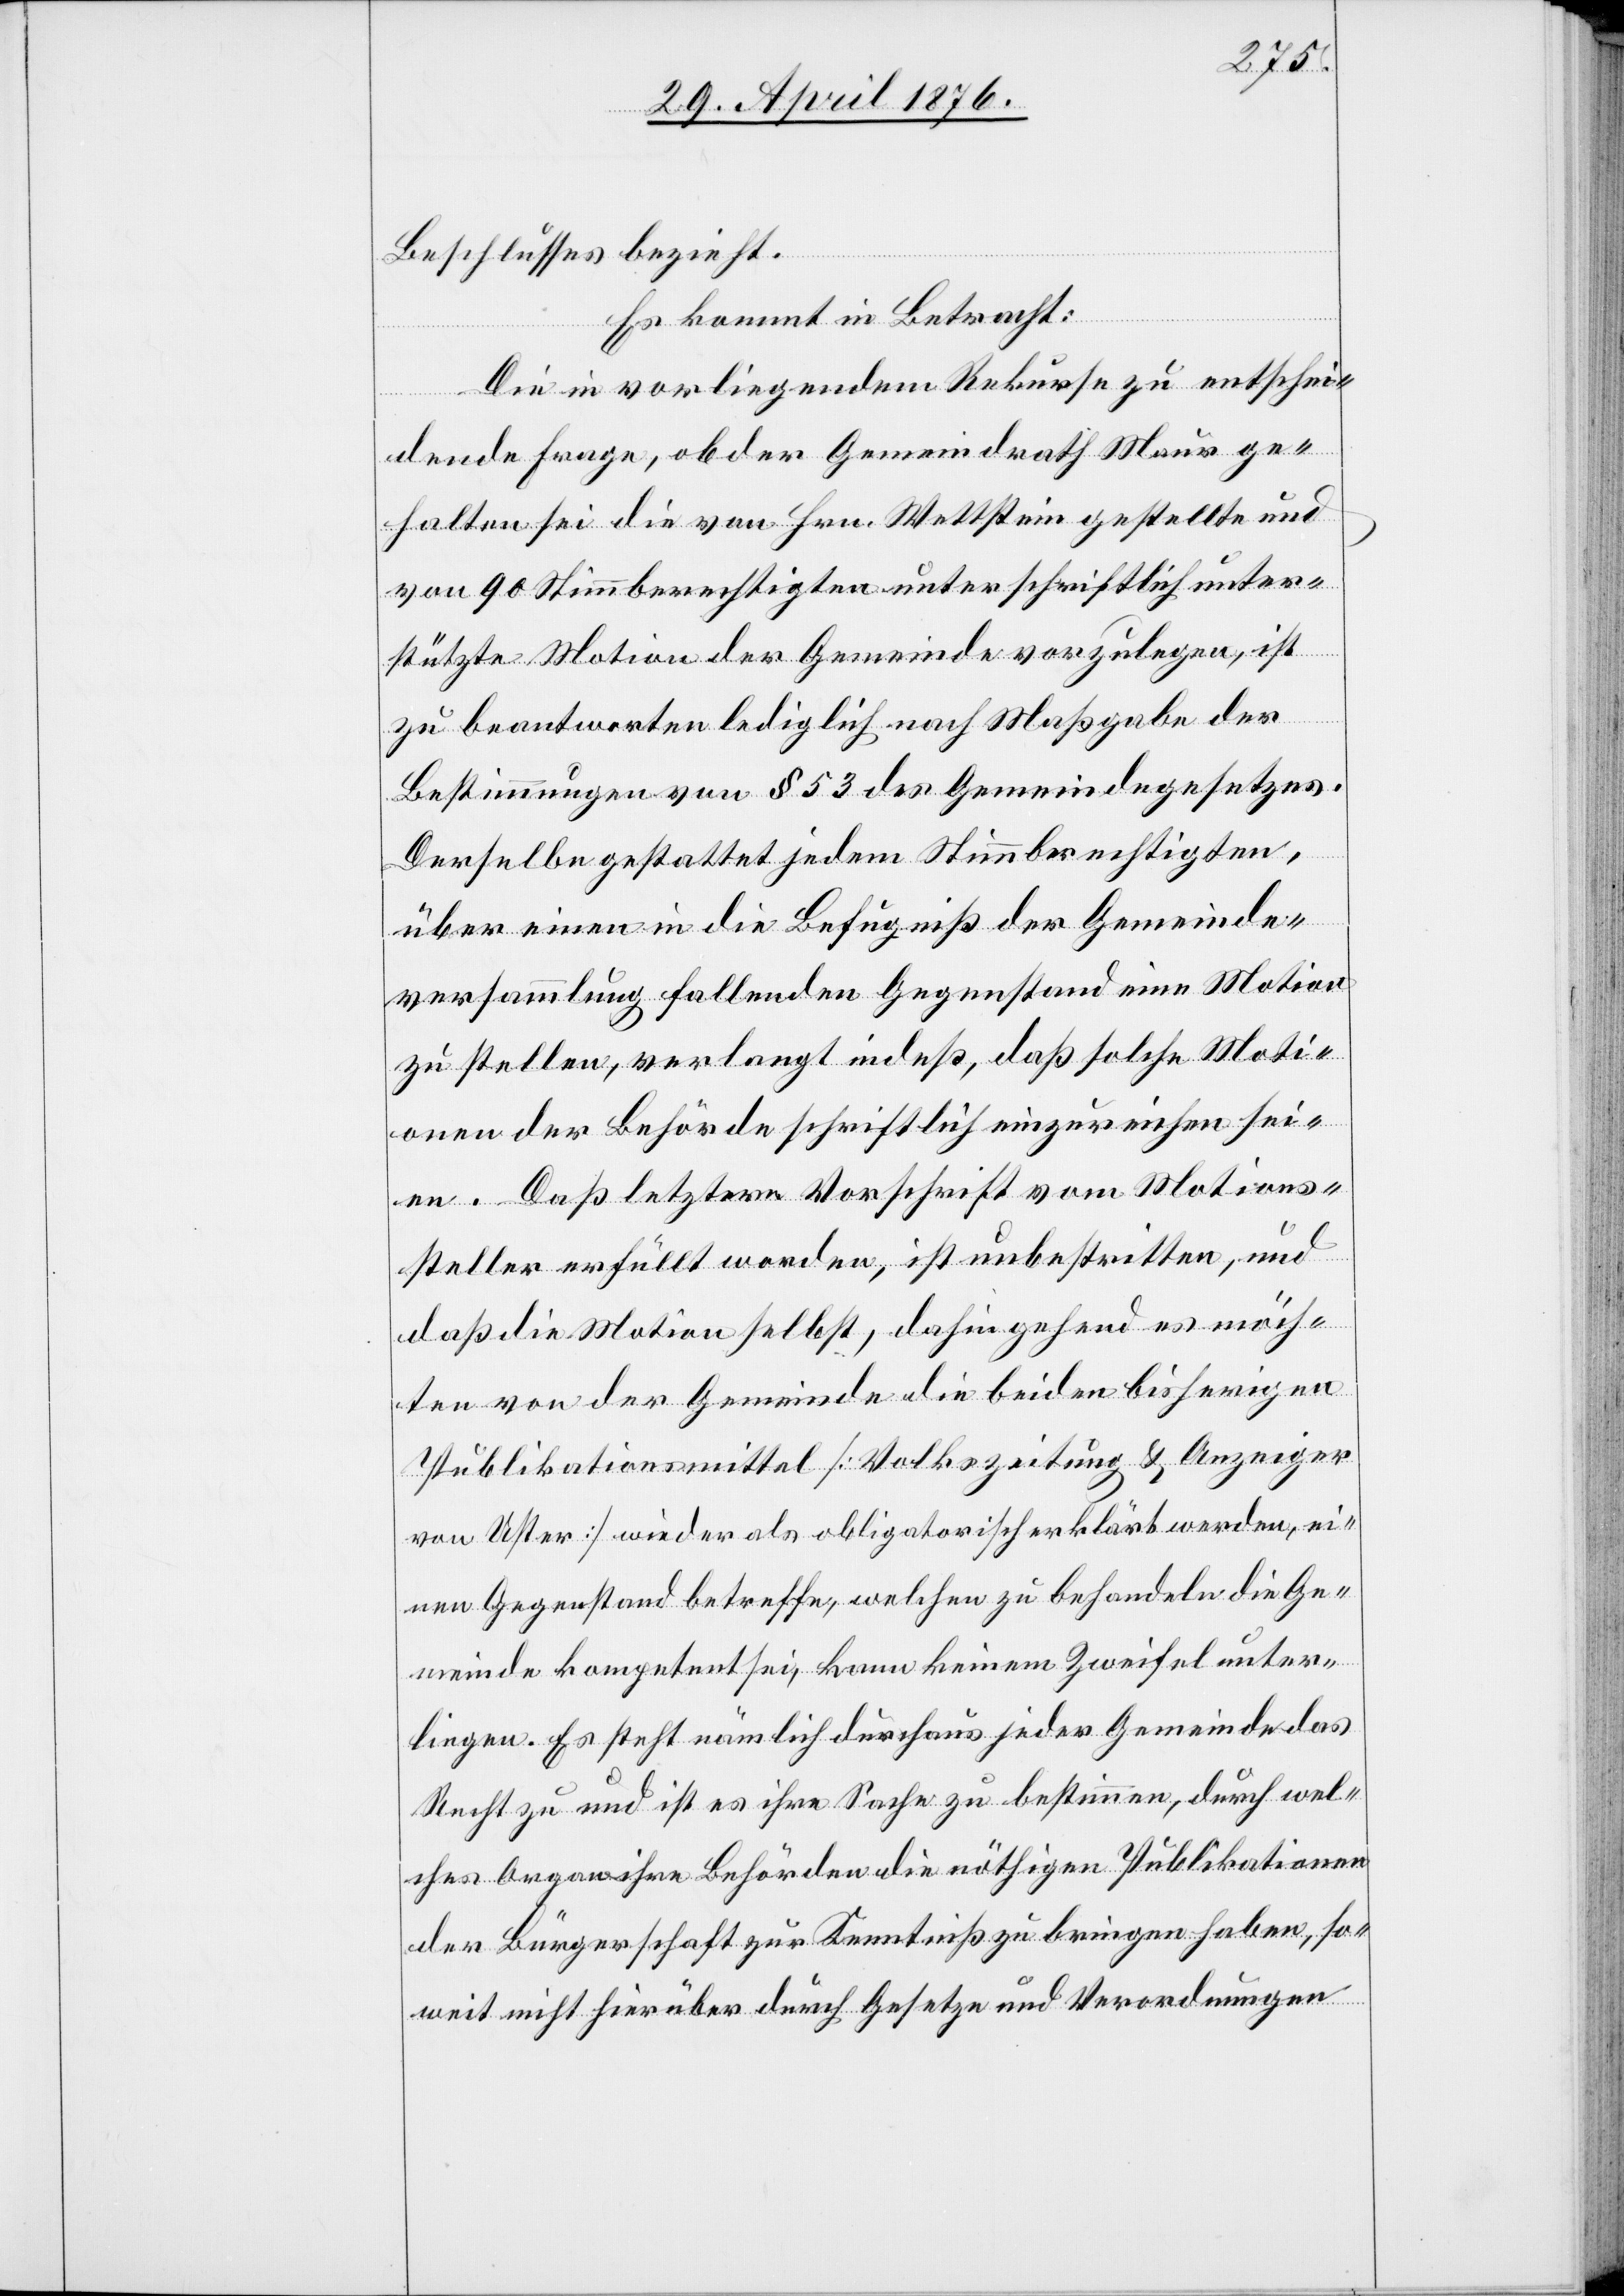
Beschlusses bezieht.
Es kommt in Betracht:
Die in vorliegendem Rekurse zu entschei¬
dende Frage, ob der Gemeindrath Maur ge¬
halten sei die von Hrn. Wettstein gestellte und
von 90 Stimmberechtigten unterschriftlich unter¬
stützte Motion der Gemeinde vorzulegen, ist
zu beantworten lediglich nach Maßgabe der
Bestimmungen von § 53 des Gemeindegesetzes.
Derselbe gestattet jedem Stimmberechtigten,
über einen in die Befugnis der Gemeinde¬
versammlung fallenden Gegenstand eine Motion
zu stellen, verlangt indeß, daß solche Moti¬
onen der Behörde schriftlich einzureichen sei¬
en. Daß letztere Vorschrift vom Motions¬
steller erfüllt worden, ist unbestritten, und
daß die Motion selbst, dahin gehend es möch¬
te von der Gemeinde die beiden bisherigen
Publikationsmittel [Volkszeitung & Anzeiger
von Uster] wieder als obligatorisch erklärt werden, ei¬
nen Gegenstand betreffe, welchen zu behandeln die Ge¬
meinde kompetent sei, kann keinem Zweifel unter¬
liefen. Es steht nämlich durchaus jeder Gemeinde das
Recht zu und ist es ihre Sache zu bestimmen, durch wel¬
ches Organ ihre Behörden die nöthigen Publikationen
der Bürgerschaft zur Kenntniß zu bringen haben, so¬
weit nicht hierüber durch Gesetze und Verordnungen